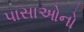
પાસાઓનો